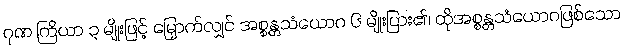
ဂုဏ ကြိယာ ၃ မျိုးဖြင့် မြှောက်လျှင် အစ္စန္တသံယောဂ ၆ မျိုးပြား၏၊ ထိုအစ္စန္တသံယောဂဖြစ်သော